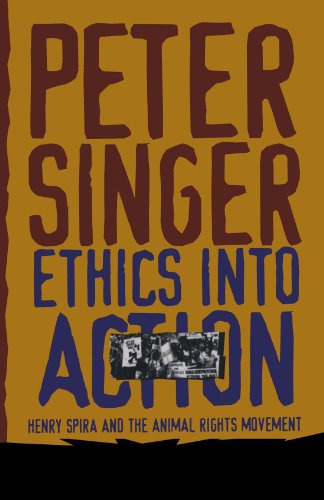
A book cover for Ethics Into Action: Henry Spira and the Animal Rights Movement; Peter Singer; Science & Math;